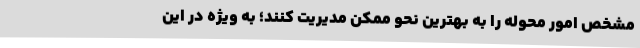
مشخص امور محوله را به بهترین نحو ممکن مدیریت کنند؛ به ویژه در این